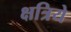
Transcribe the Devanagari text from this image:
क्षत्रिये